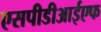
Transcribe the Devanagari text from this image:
एसपीडीआईएफ